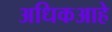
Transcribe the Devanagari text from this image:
अधिकआहे